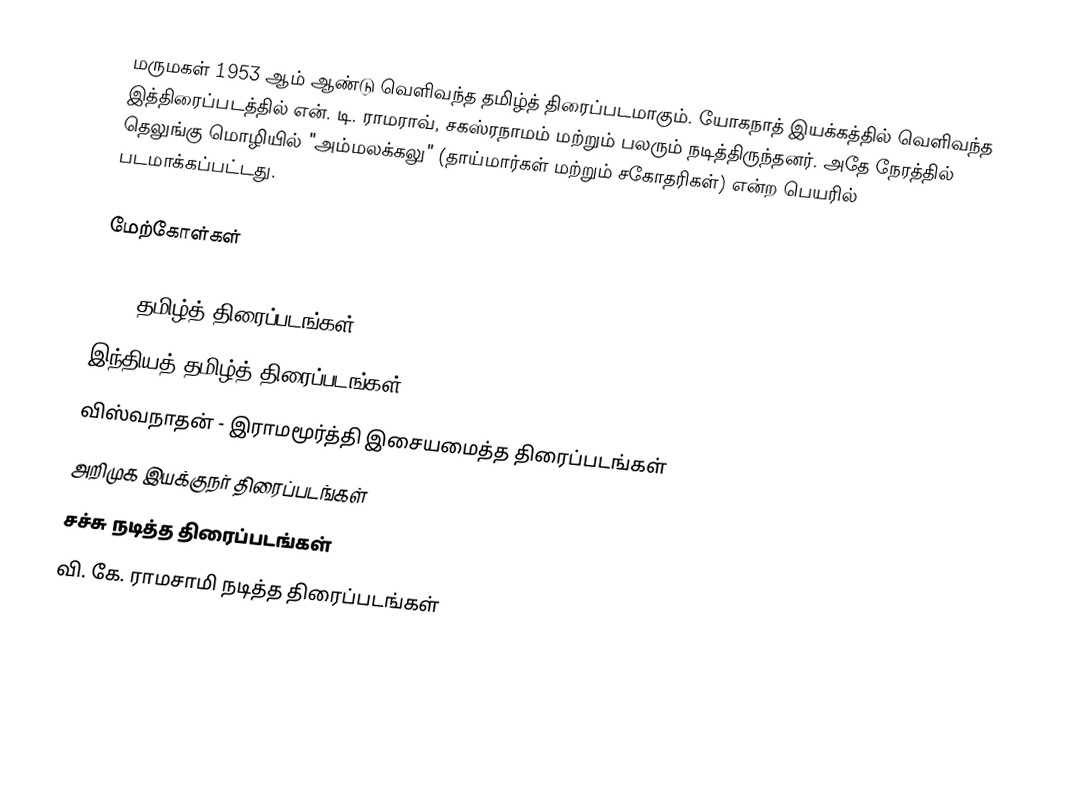
மருமகள் 1953 ஆம் ஆண்டு வெளிவந்த தமிழ்த் திரைப்படமாகும். யோகநாத் இயக்கத்தில் வெளிவந்த இத்திரைப்படத்தில் என். டி. ராமராவ், சகஸ்ரநாமம் மற்றும் பலரும் நடித்திருந்தனர். அதே நேரத்தில் தெலுங்கு மொழியில் "அம்மலக்கலு" (தாய்மார்கள் மற்றும் சகோதரிகள்) என்ற பெயரில் படமாக்கப்பட்டது.

மேற்கோள்கள்

1953 தமிழ்த் திரைப்படங்கள்
இந்தியத் தமிழ்த் திரைப்படங்கள்
விஸ்வநாதன் - இராமமூர்த்தி இசையமைத்த திரைப்படங்கள்
அறிமுக இயக்குநர் திரைப்படங்கள்
சச்சு நடித்த திரைப்படங்கள்
வி. கே. ராமசாமி நடித்த திரைப்படங்கள்